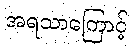
အရသာကြောင့်